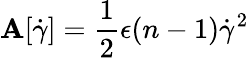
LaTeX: \mathbf{A}[\dot{{\gamma}}]=\frac{{1}}{{2}}\epsilon(n-1)\dot{{\gamma}}^{2}